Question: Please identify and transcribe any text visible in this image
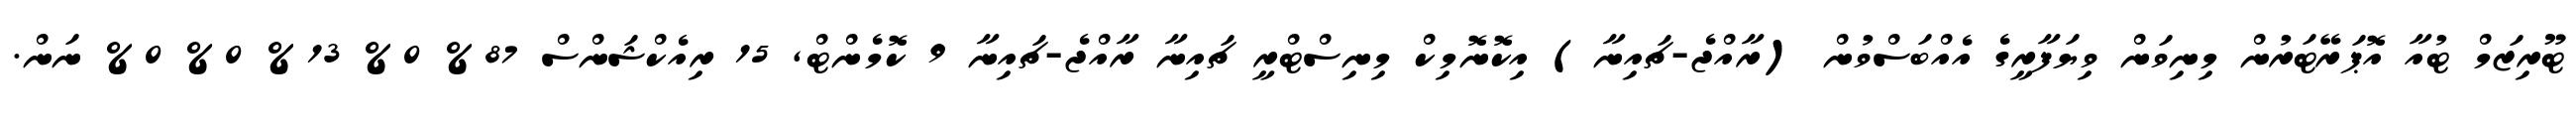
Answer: ޓޫރިޒަމް ޓުއާ އޮޕަރޭޓަރުން މިނިވަން ވިޔަފާރީގެ އެއްބަސްވުން (ރާއްޖެ-ޗައިނާ) އިކޮނޮމިކް މިނިސްޓްރީ ޗައިނާ ރާއްޖެ-ޗައިނާ 9 ކޮމެންޓް, 15 ރިއެކްޝަންސް 87% 0% 13% 0% 0% ނަން.